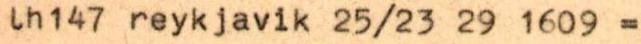
lh147 reykjavik 25/23 29 1609 =